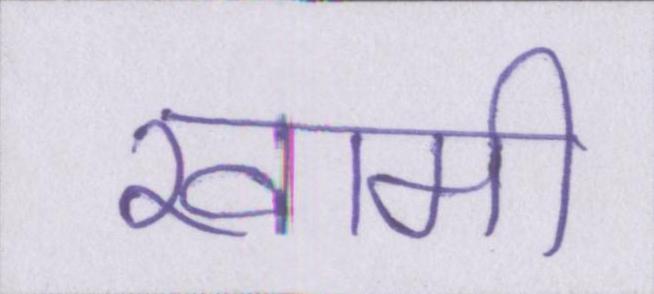
खामी